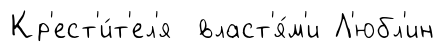
Кр'ест'и́т'ел'я власт'я́м'и Л'юбл'ин